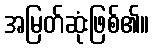
အမြတ်ဆုံးဖြစ်၏။